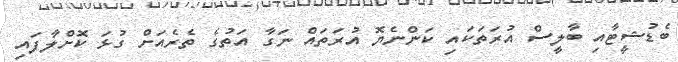
ބެޑުޝީޓާއި ބާލީސް އުރަތަކައި ކަންނެޔޮ އުރަތައް ނަގާ އަތުގެ ތެރެއަށް ގުޅަ ކޮށްލާފައި